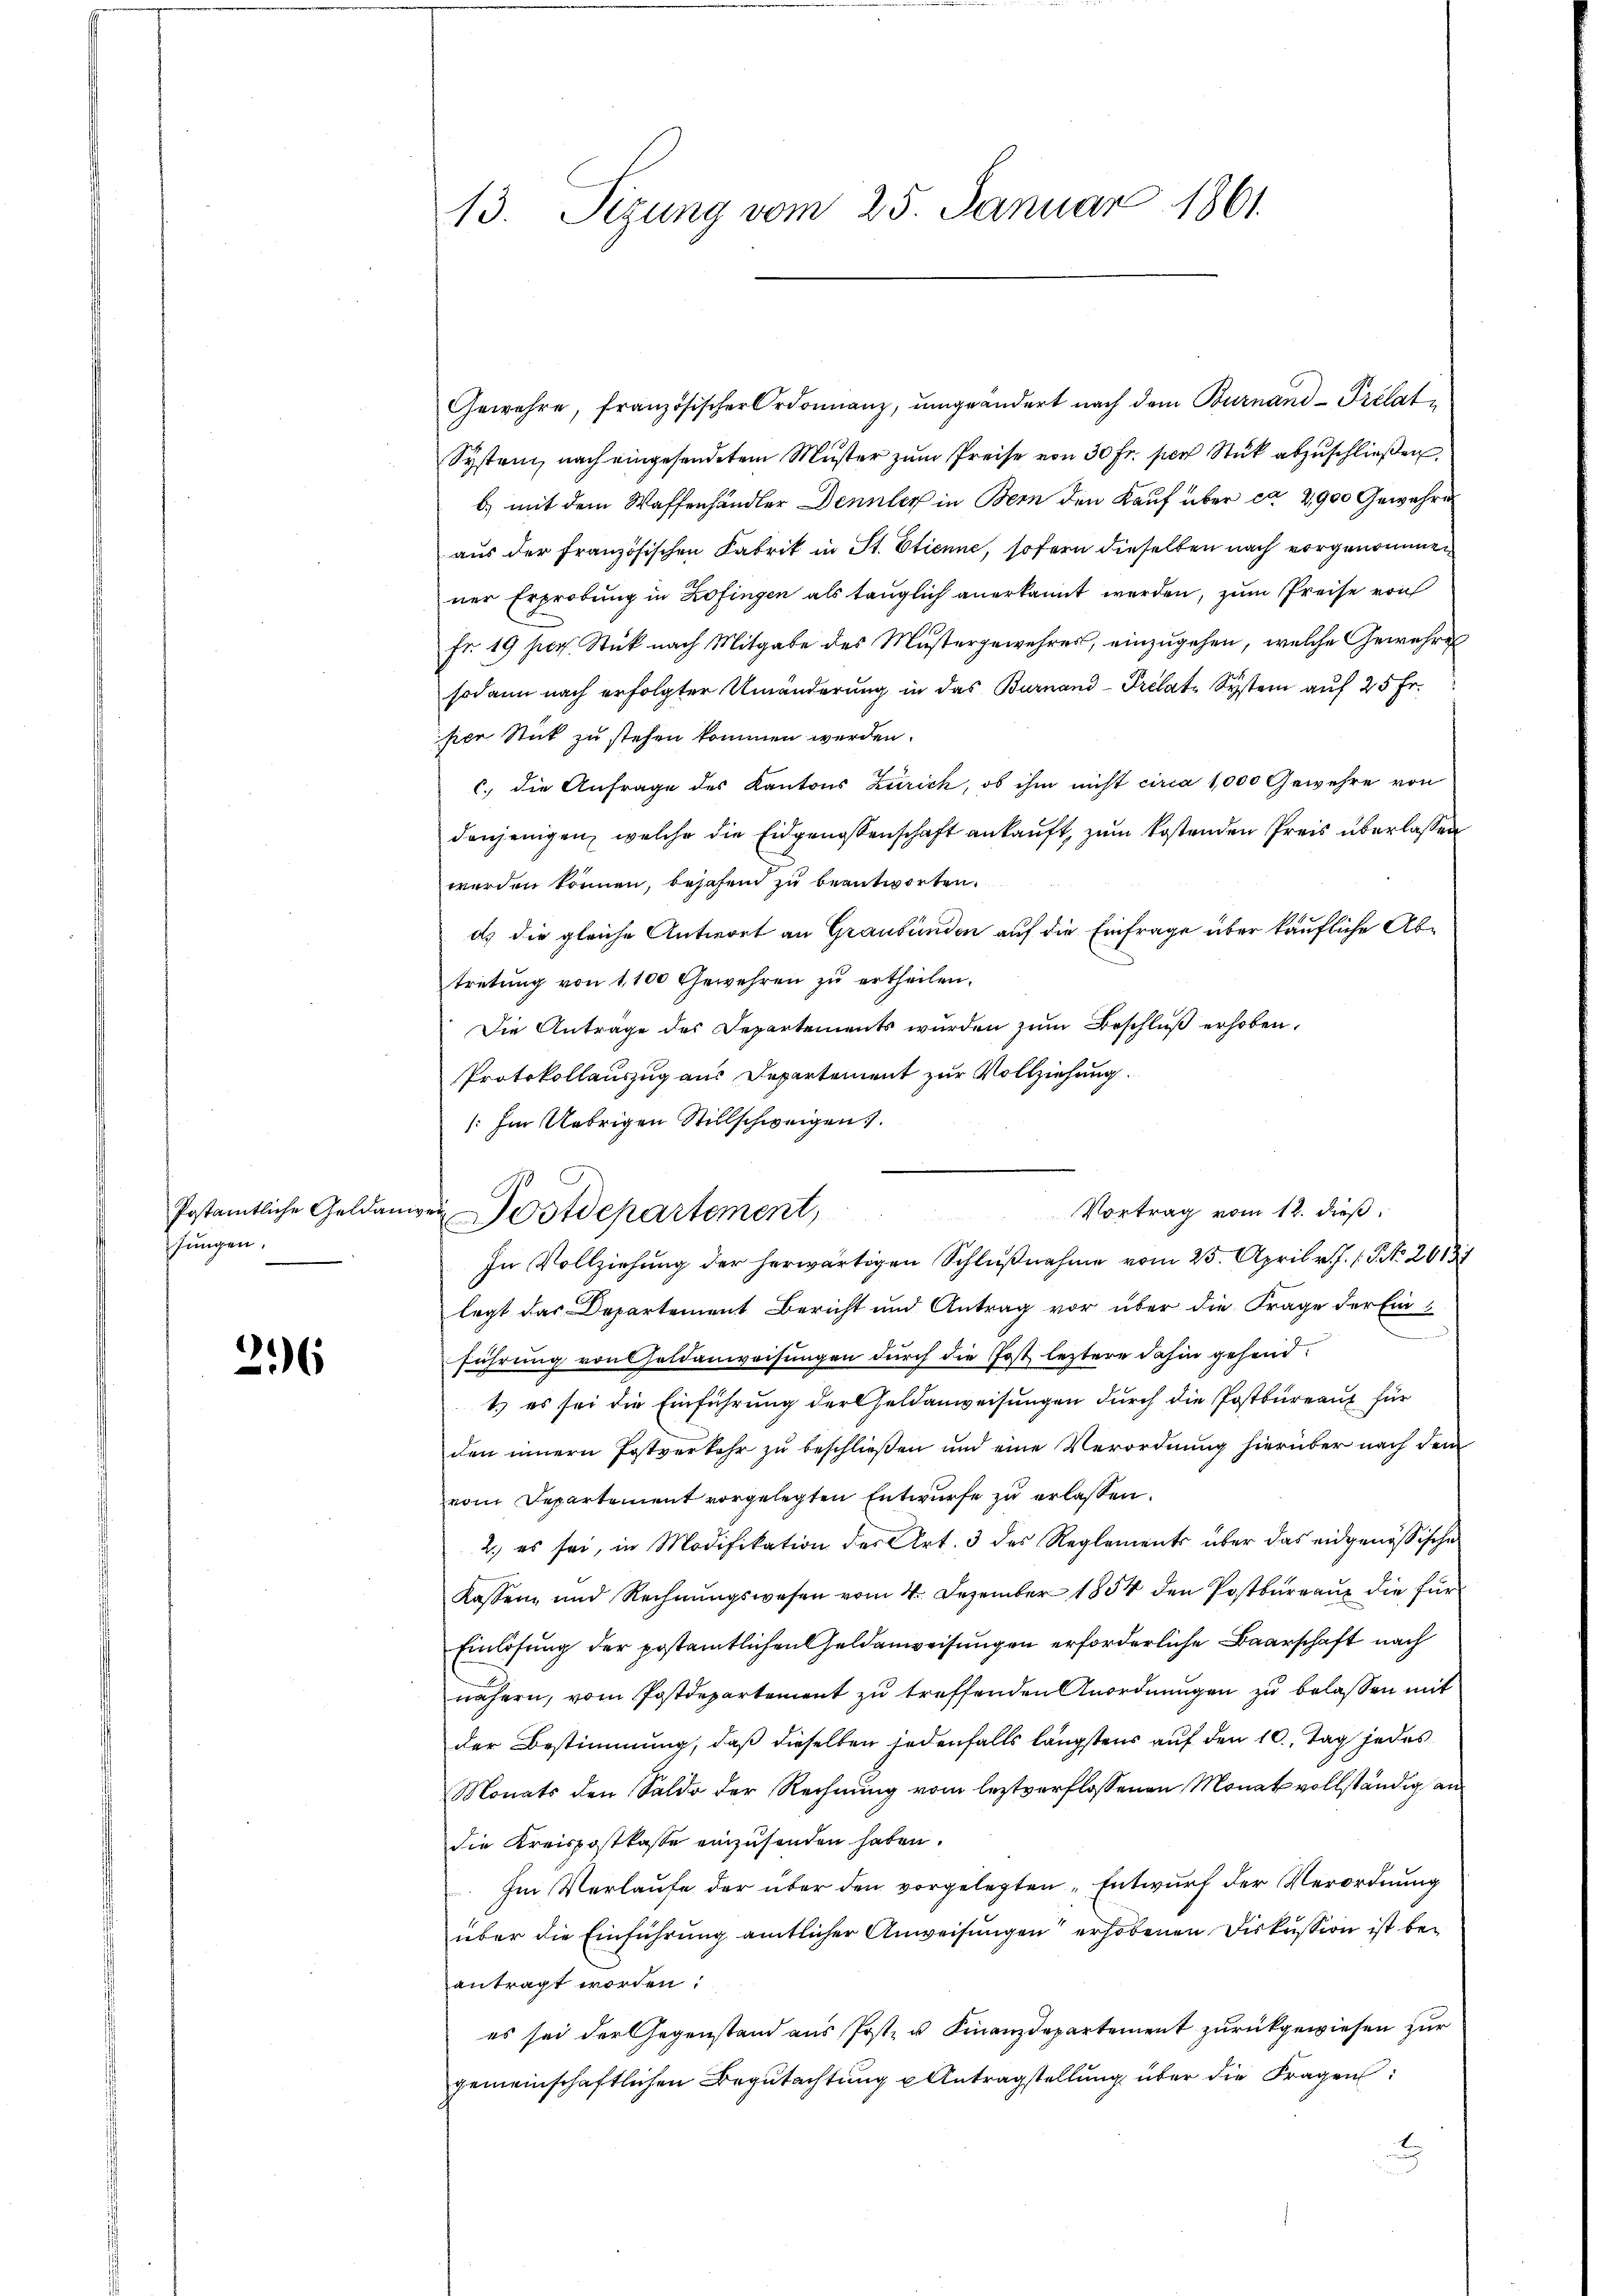
Postamtliche Geldam
fungen.

296

13. Sizung vom 25. Januar 1861.

Gewehre, französischer Ordonnanz, ŭmgeändert nach dem Burnand-Prélat¬
System, nach eingesendetem Muster zum Preise von 30 Fr. per Stück abzuschließen,
b) mit dem Waffenhändler Dennler in Bern den Kauf über ca 2900 Gewähre
aus der französischen Fabrik in St. Etienne, sofern dieselben nach vorgenommen
ner Erprobung in Zofingen als tauglich anerkannt werden, zum Preise von
Fr. 19 per. Stück nach Mitgabe des Mustergewehrer, einzŭgehen, welche Gewehre
sodann nach erfolgter Umänderung in das Burnand-Prélate System auf 25 Fr.
sier Stick zu stehen kommen werden.
c., die Anfrage des Kantons Zürich, ob ihm nicht circa 1000 Gewehre von
denjenigen, welche die Eidgenossenschaft ankauft, zum kostenden Preis überlassen
werden können, bejahen zu beantworten.
ds die gleiche Antwort an Graubünden auf die Einfrage über käufliche Abtretung von 1,100 Gewehren zŭ ertheilen.
Die Anträge des Departements wurden zum Beschluß erhoben.
Protokollauszug aus Departement zur Vollziehung.
/: Im Uebrigen Stillschweigen.
Vortrag vom 12. dieß.
In Vollziehung der herwärtigen Schlŭβnahme vom 25. April v. J. 1 S. 26137
legt das Departement Bericht und Antrag vor über die Frage der Einführung von Geldanweisungen durch die Post leztere dahin gehend.
t.) es sei die Einführung der Feldanweisungen durch die Postbureau für
den innern Postverkehr zu beschließen und eine Verordnung hierüber nach dem
vom Departement vorgelegten Entwurfe zu erlassen.
2., es sei, in Modifikation der Art. 3 des Reglements über das eidgenössische
Kassen, und Rechnungswesen vom 4. Dezember 1854 den Postbureau die für
Einlösung der postamtlichen Geldenweisungen erforderliche Baarschaft nach
nähern, vom Postdepartement zu treffenden Anordnungen zu belassen mit
der Bestimmung, daß dieselben jedenfalls längstens auf den 10. Tag jedes
Monats den Saldo der Rechnung vom leztverflossenen Monat vollständig an
die Kreispostkasse einzusenden haben.
Im Verlaufe der über den vorgelegten „Entwurf der Verordnung
über die Einführung amtlicher Anweisungen erhobenen Diskussion ist beantragt worden:
es sei der Gegenstand aus Post- u. Finanzdepartement zurückgewiesen zur
gemeinschaftlichen Begutachtung u Antragstellung über die Fragen:
.

Postdepartement,